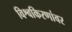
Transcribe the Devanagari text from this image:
विश्वकिरणांवर